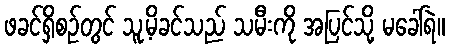
ဖခင်ရှိစဉ်တွင် သူ့မိခင်သည် သမီးကို အပြင်သို့ မခေါ်ရဲ။